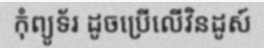
កុំព្យូទ័រ ដូចប្រើលើវិនដូស៍